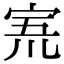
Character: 𡨓